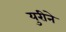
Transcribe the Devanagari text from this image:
युरीने